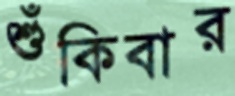
শুঁকিবার